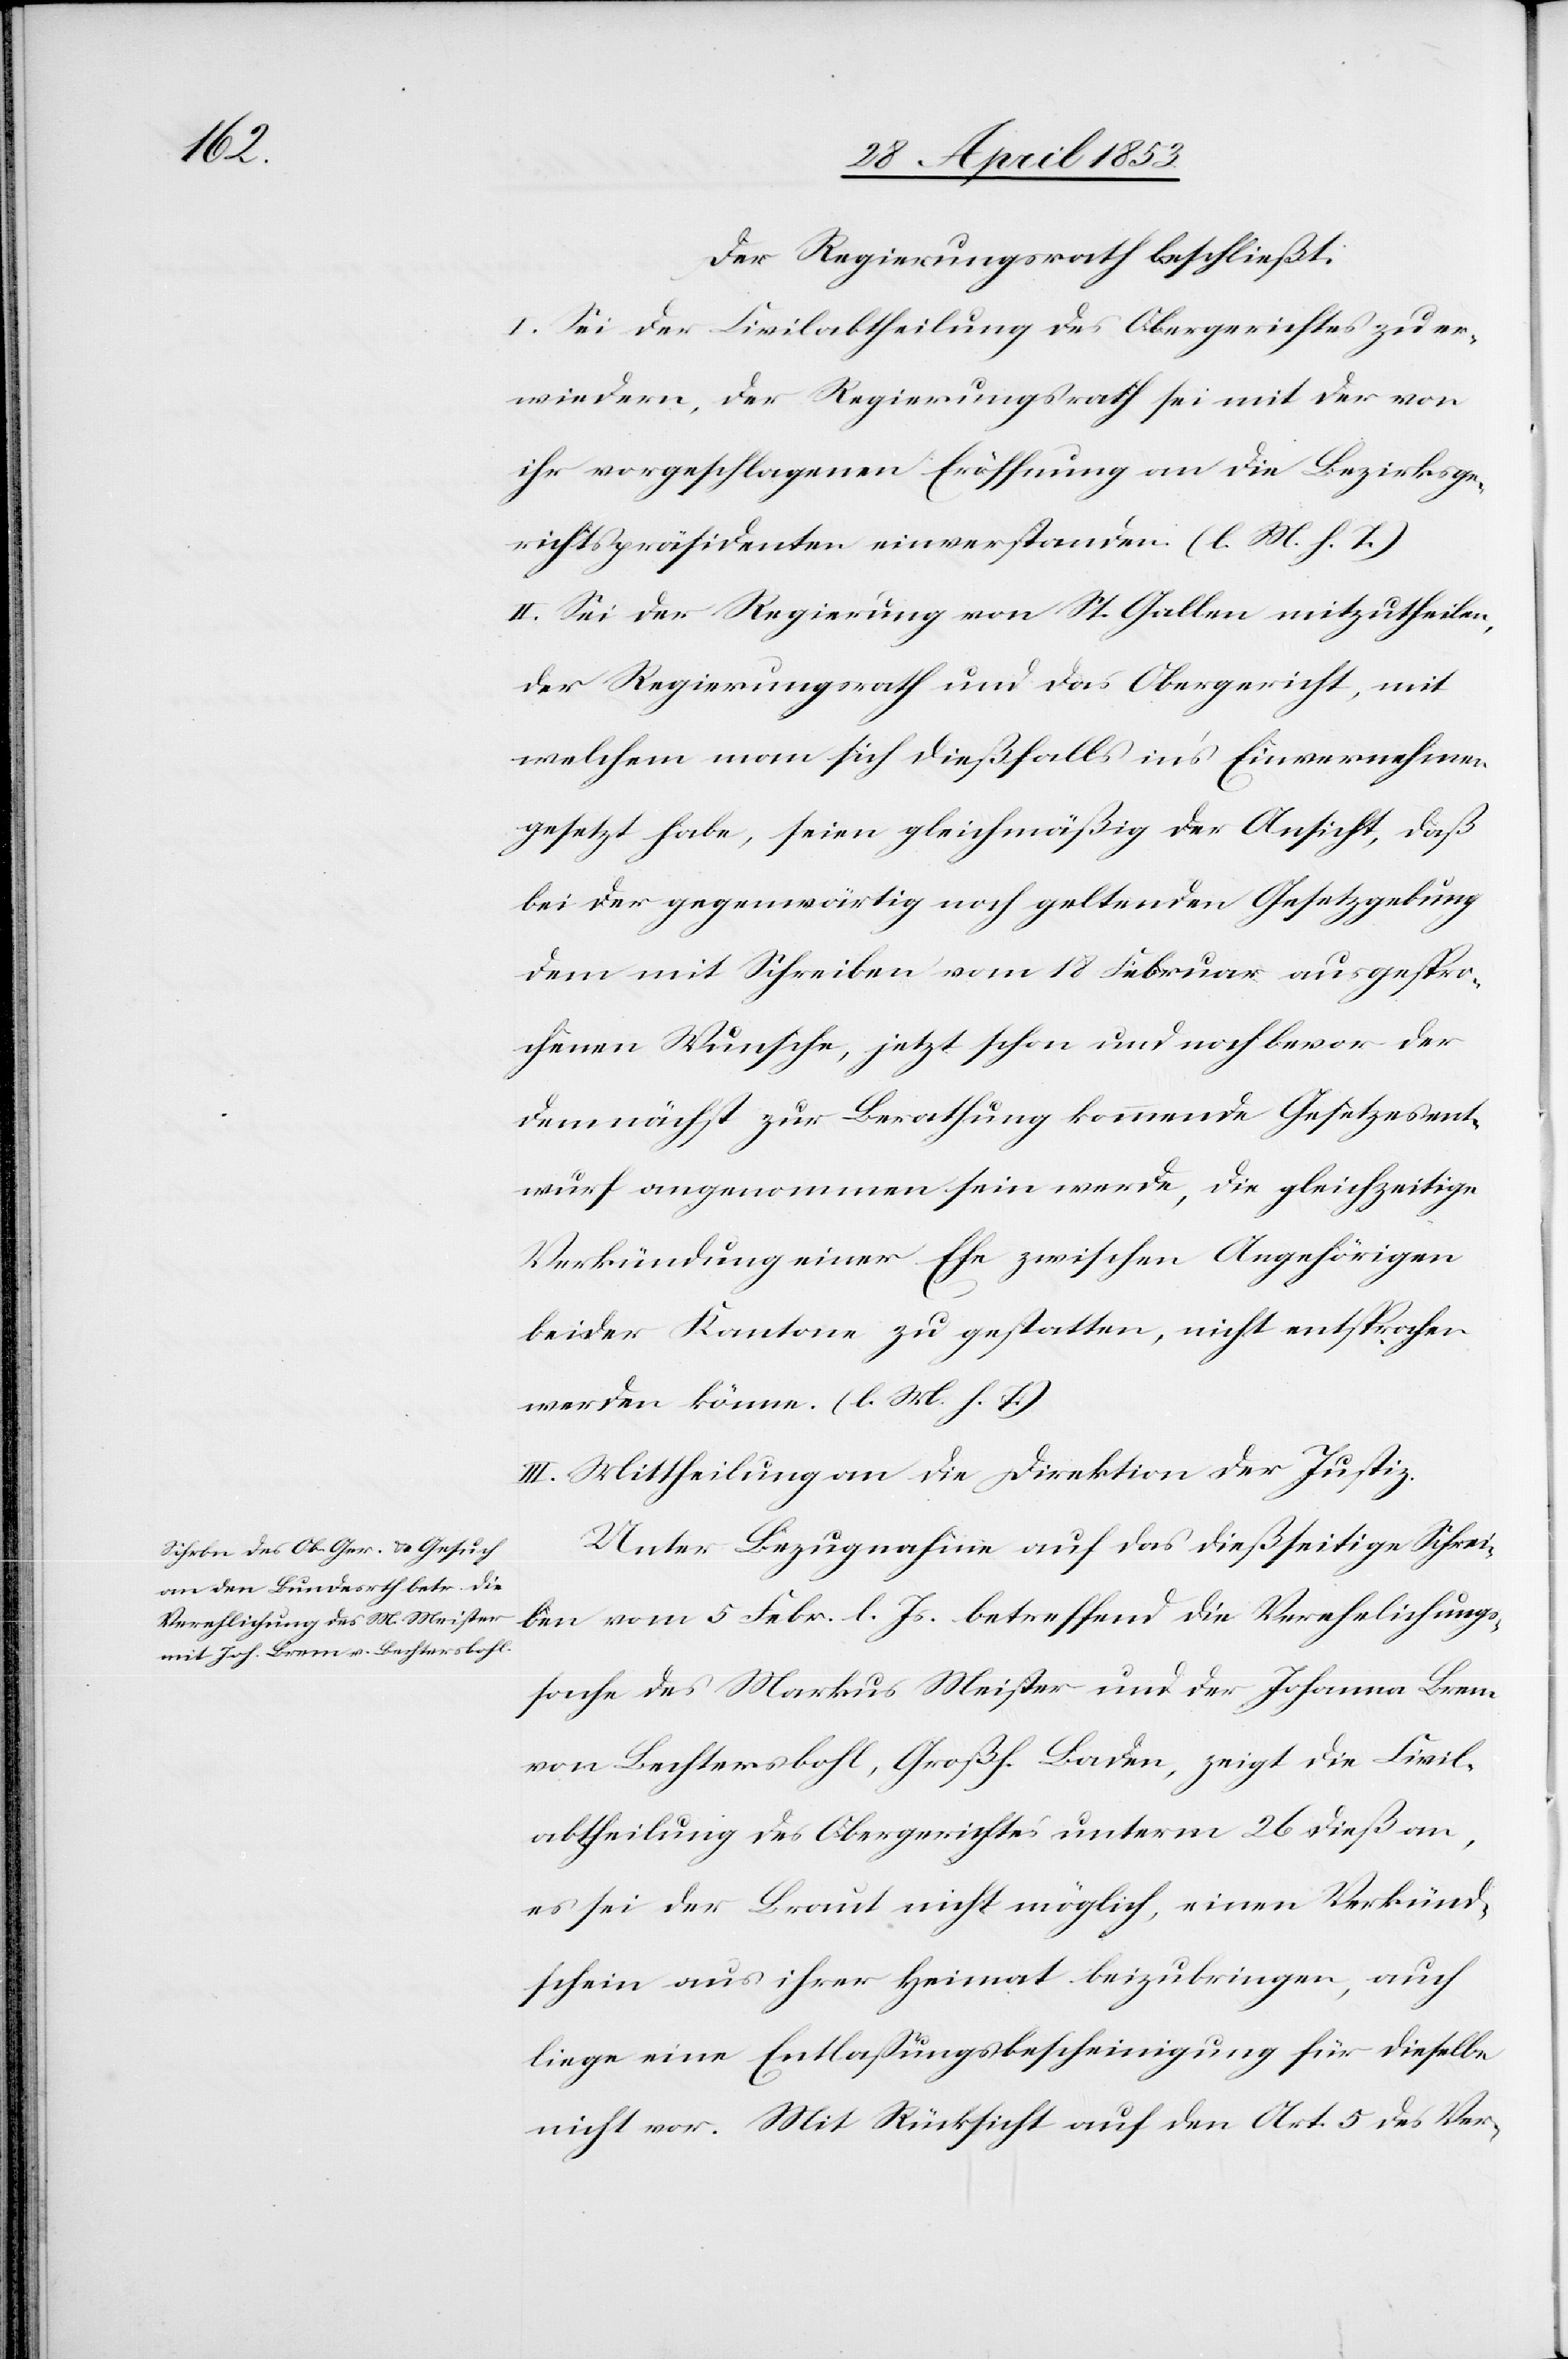
Der Regierungsrath beschließt:
I. Sei der Civilabtheilung des Obergerichtes zu er¬
wiedern, der Regierungsrath sei mit der von
ihr vorgeschlagenen Eröffnung an die Bezirksge¬
richtspräsidenten einverstanden. [l. M. h. T]
II. Sei der Regierung von St. Gallen mitzutheilen,
der Regierungsrath und das Obergericht, mit
welchem man sich dießfalls ins Einvernehmen
gesetzt habe, seien gleichmäßig der Ansicht, daß
bei der gegenwärtig noch geltenden Gesetzgebung
dem mit Schreiben vom 18 Februar ausgespro¬
chenen Wunsche, jetzt schon und noch bevor der
demnächst zur Berathung kommende Gesetzesent¬
wurf angenommen sein werde, die gleichzeitige
Verkündung einer Ehe zwischen Angehörigen
beider Kantone zu gestatten, nicht entsprochen
werden könne. [l. M. h. T]
III. Mittheilung an die Direktion der Justiz.
Unter Bezugnahme auf das dießseitige Schrei¬
ben vom 5 Febr. l. Js. betreffend die Verehelichungs¬
sache des Markus Meister und der Johanna Brem
von Bechtersbohl, Großh. Baden, zeigt die Civil¬
abtheilung des Obergerichtes unterm 26 dieß an,
es sei der Braut nicht möglich, einen Verkünd¬
schein aus ihrer Heimat beizubringen, auch
liege eine Entlaßungsbescheinigung für dieselbe
nicht vor. Mit Rücksicht auf den Art. 5 des Ver-